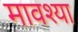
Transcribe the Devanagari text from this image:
मावश्या